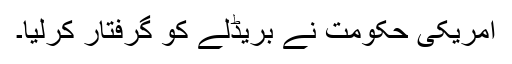
امریکی حکومت نے بریڈلے کو گرفتار کرلیا۔